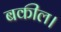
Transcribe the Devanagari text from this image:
बकील।